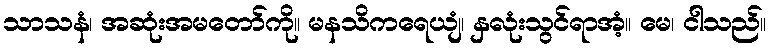
သာသနံ၊ အဆုံးအမတော်ကို။ မနသိကရေယျံ၊ နှလုံးသွင်ရာအံ့။ မေ၊ ငါသည်။